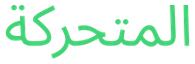
المتحركة